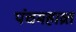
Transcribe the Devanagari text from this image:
पंचमहाव्रत